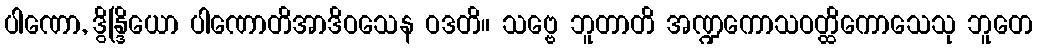
ပါဏော, ဒွိန္ဒြိယော ပါဏောတိအာဒိဝသေန ဝဒတိ။ သဗ္ဗေ ဘူတာတိ အဏ္ဍကောသဝတ္ထိကောသေသု ဘူတေ